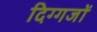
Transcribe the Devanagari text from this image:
दिग्‍गजों